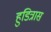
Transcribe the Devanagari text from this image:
हुडित्रास